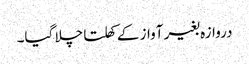
دروازہ بغیر آواز کے کھلتا چلا گیا۔